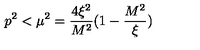
p ^ { 2 } < \mu ^ { 2 } = \frac { 4 \xi ^ { 2 } } { M ^ { 2 } } ( 1 - \frac { M ^ { 2 } } { \xi } )